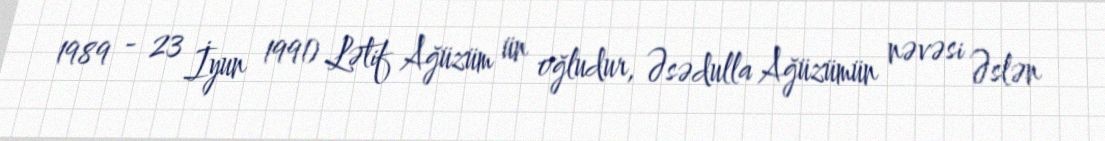
1989 - 23 İyun 1991) Lətif Ağüzüm ün oğludur, Əsədulla Ağüzümün nəvəsi Əslən